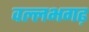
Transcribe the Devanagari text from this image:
वल्लभगढ़